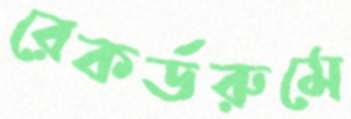
রেকর্ডরুমে